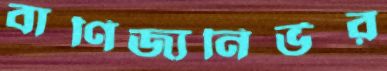
বাণিজ্যনির্ভর